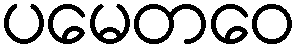
ပမေတဝေ